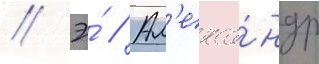
// Э́ // Ал'екса́ндр